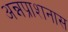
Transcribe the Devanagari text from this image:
अन्नप्राशनास